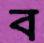
ব